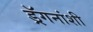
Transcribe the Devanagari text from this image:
ड्रॅगनांशी